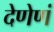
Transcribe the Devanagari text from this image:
देणेणं